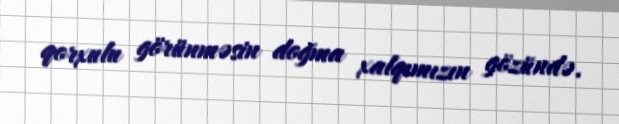
qorxulu görünməsin doğma xalqımızın gözündə.